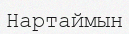
Нартаймын